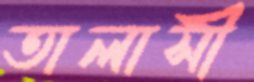
তালাসী